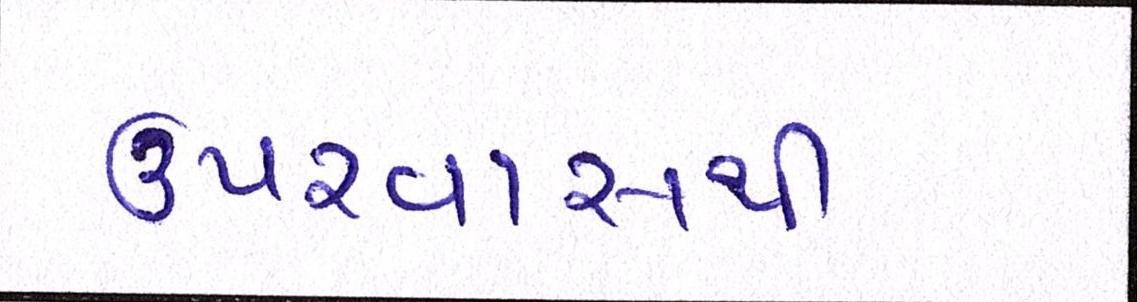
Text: ઉપરવાસથી